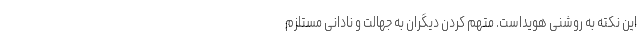
این نکته به روشنی هویداست. متهم کردن دیگران به جهالت و نادانی مستلزم